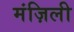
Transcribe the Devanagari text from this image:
मंज़िली